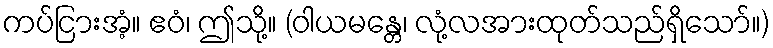
ကပ်ငြားအံ့။ ဧဝံ၊ ဤသို့။ (ဝါယမန္တေ၊ လုံ့လအားထုတ်သည်ရှိသော်။)